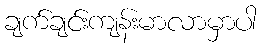
ချက်ချင်းကျန်းမာလာမှာပါ